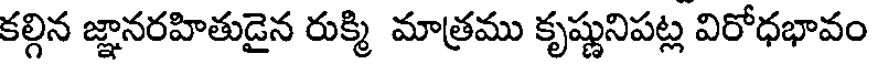
కల్గిన జ్ఞానరహితుడైన రుక్మి మాత్రము కృష్ణునిపట్ల విరోధభావం